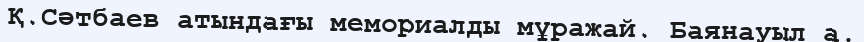
Қ.Сәтбаев атындағы мемориалды мұражай. Баянауыл а.